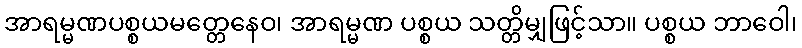
အာရမ္မဏပစ္စယမတ္တေနေဝ၊ အာရမ္မဏ ပစ္စယ သတ္တိမျှဖြင့်သာ။ ပစ္စယ ဘာဝေါ၊